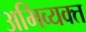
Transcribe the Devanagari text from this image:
अभिव्‍यक्त